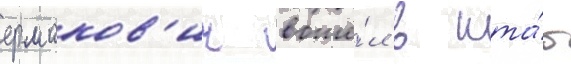
ермаков'ич вошё́л в шта́б